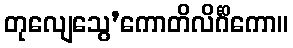
တုလျေသွေ’ကောတိလိင်္ဂိကော။